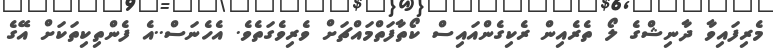
މެރިފައިވާ ދާނިޝްގެ ލޯޯ ތެރެއިން ރެކިގެންއައިސް ކޯތާފަތްމައްޗަށް ވެރިވެގަތެވެ. އެހެނަސް..އެ ފެންތިކިތަކަށް އޭގެ